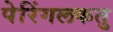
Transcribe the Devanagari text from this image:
पेरिंगलकतु